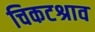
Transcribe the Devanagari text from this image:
चिकटश्राव